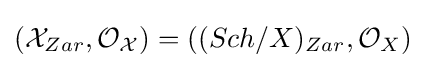
({\mathcal {X}}_{Zar},{\mathcal {O}}_{\mathcal {X}})=((Sch/X)_{Zar},{\mathcal {O}}_{X})